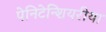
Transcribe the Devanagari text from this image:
पेनिटेन्शियरीया